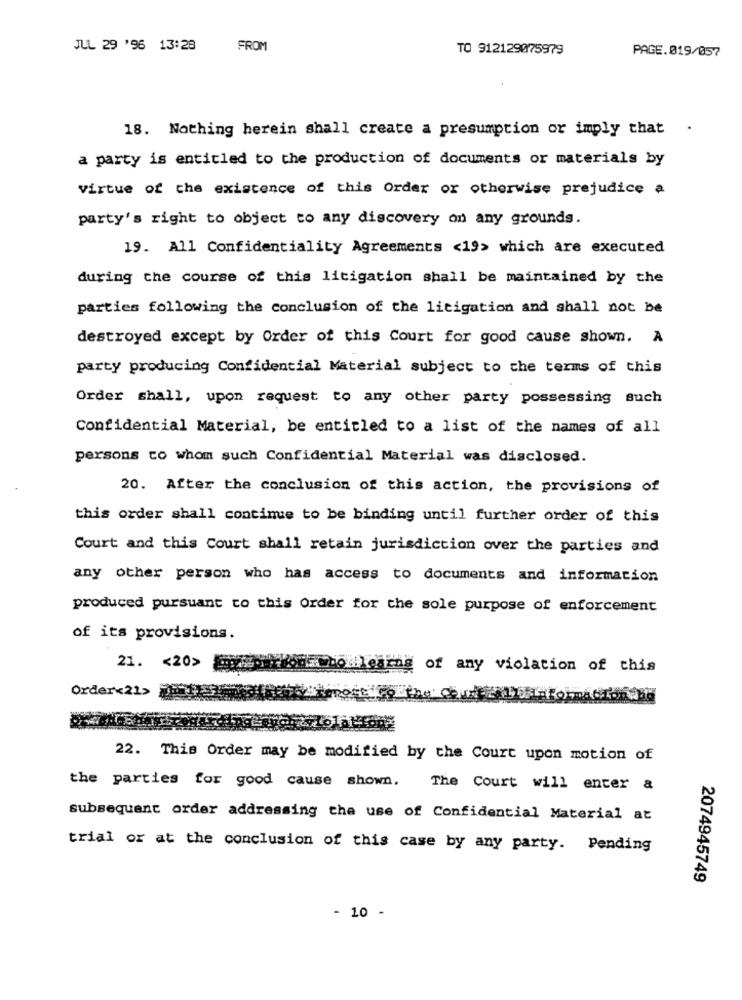
JUL 29 '96 13:28
FROM
TO 912129075979
PAGE.019/057
18. Nothing herein shall create a presumption or imply that
.
a party is entitled to the production of documents or materials by
virtue of the existence of this Order or otherwise prejudice a
party's right to object to any discovery on any grounds.
19. All Confidentiality Agreements <19> which are executed
during the course of this litigation shall be maintained by the
parties following the conclusion of the litigation and shall not be
destroyed except by Order of this Court for good cause shown. A
party producing Confidential Material subject to the terms of this
Order shall, upon request to any other party possessing such
Confidential Material, be entitled to a list of the names of all
persons to whom such Confidential Material was disclosed.
20. After the conclusion of this action, the provisions of
this order shall continue to be binding until further order of this
Court and this Court shall retain jurisdiction over the parties and
any other person who has access to documents and information
produced pursuant to this Order for the sole purpose of enforcement
of its provisions.
21. < 20>
of any violation of this
Order<21>
22. This Order may be modified by the Court upon motion of
the parties for good cause shown. The Court will enter a
subsequent order addressing the use of Confidential Material at
trial or at the conclusion of this case by any party. Pending
2074945749
- 10 -